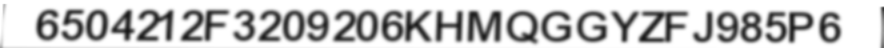
6504212F3209206KHMQGGYZFJ985P6